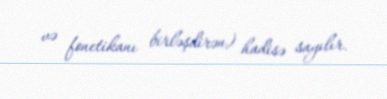
və fonetikanı birləşdirən) hadisə sayılır.